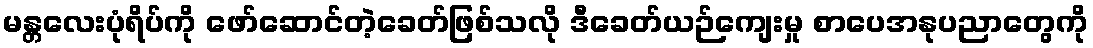
မန္တလေးပုံရိပ်ကို ဖော်ဆောင်တဲ့ခေတ်ဖြစ်သလို ဒီခေတ်ယဉ်ကျေးမှု စာပေအနုပညာတွေကို